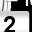
Digit: 2